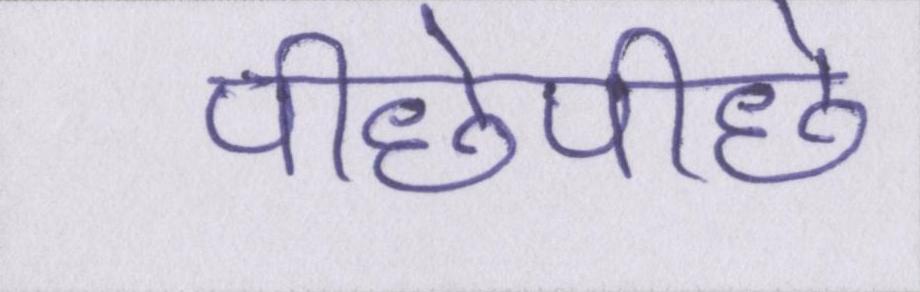
पीछेपीछे